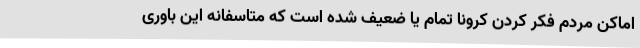
اماکن مردم فکر کردن کرونا تمام یا ضعیف شده است که متاسفانه این باوری